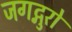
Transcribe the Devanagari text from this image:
जगद्गुरो